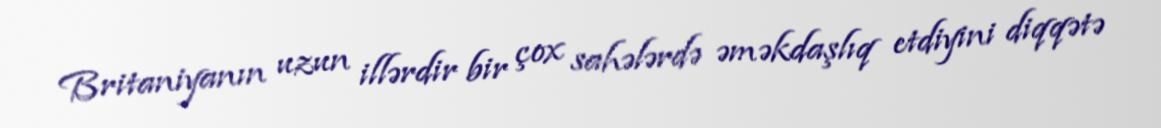
Britaniyanın uzun illərdir bir çox sahələrdə əməkdaşlıq etdiyini diqqətə